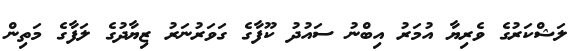
ލަޝްކަރުގެ ވެރިޔާ އުމަރު އިބްނު ސައުދު ކޫފާގެ ގަވަރުނަރު ޒިޔާދުގެ ލަފާގެ މަތިން